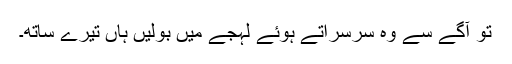
تو آگے سے وہ سرسراتے ہوئے لہجے میں بولیں ہاں تیرے ساتھ۔